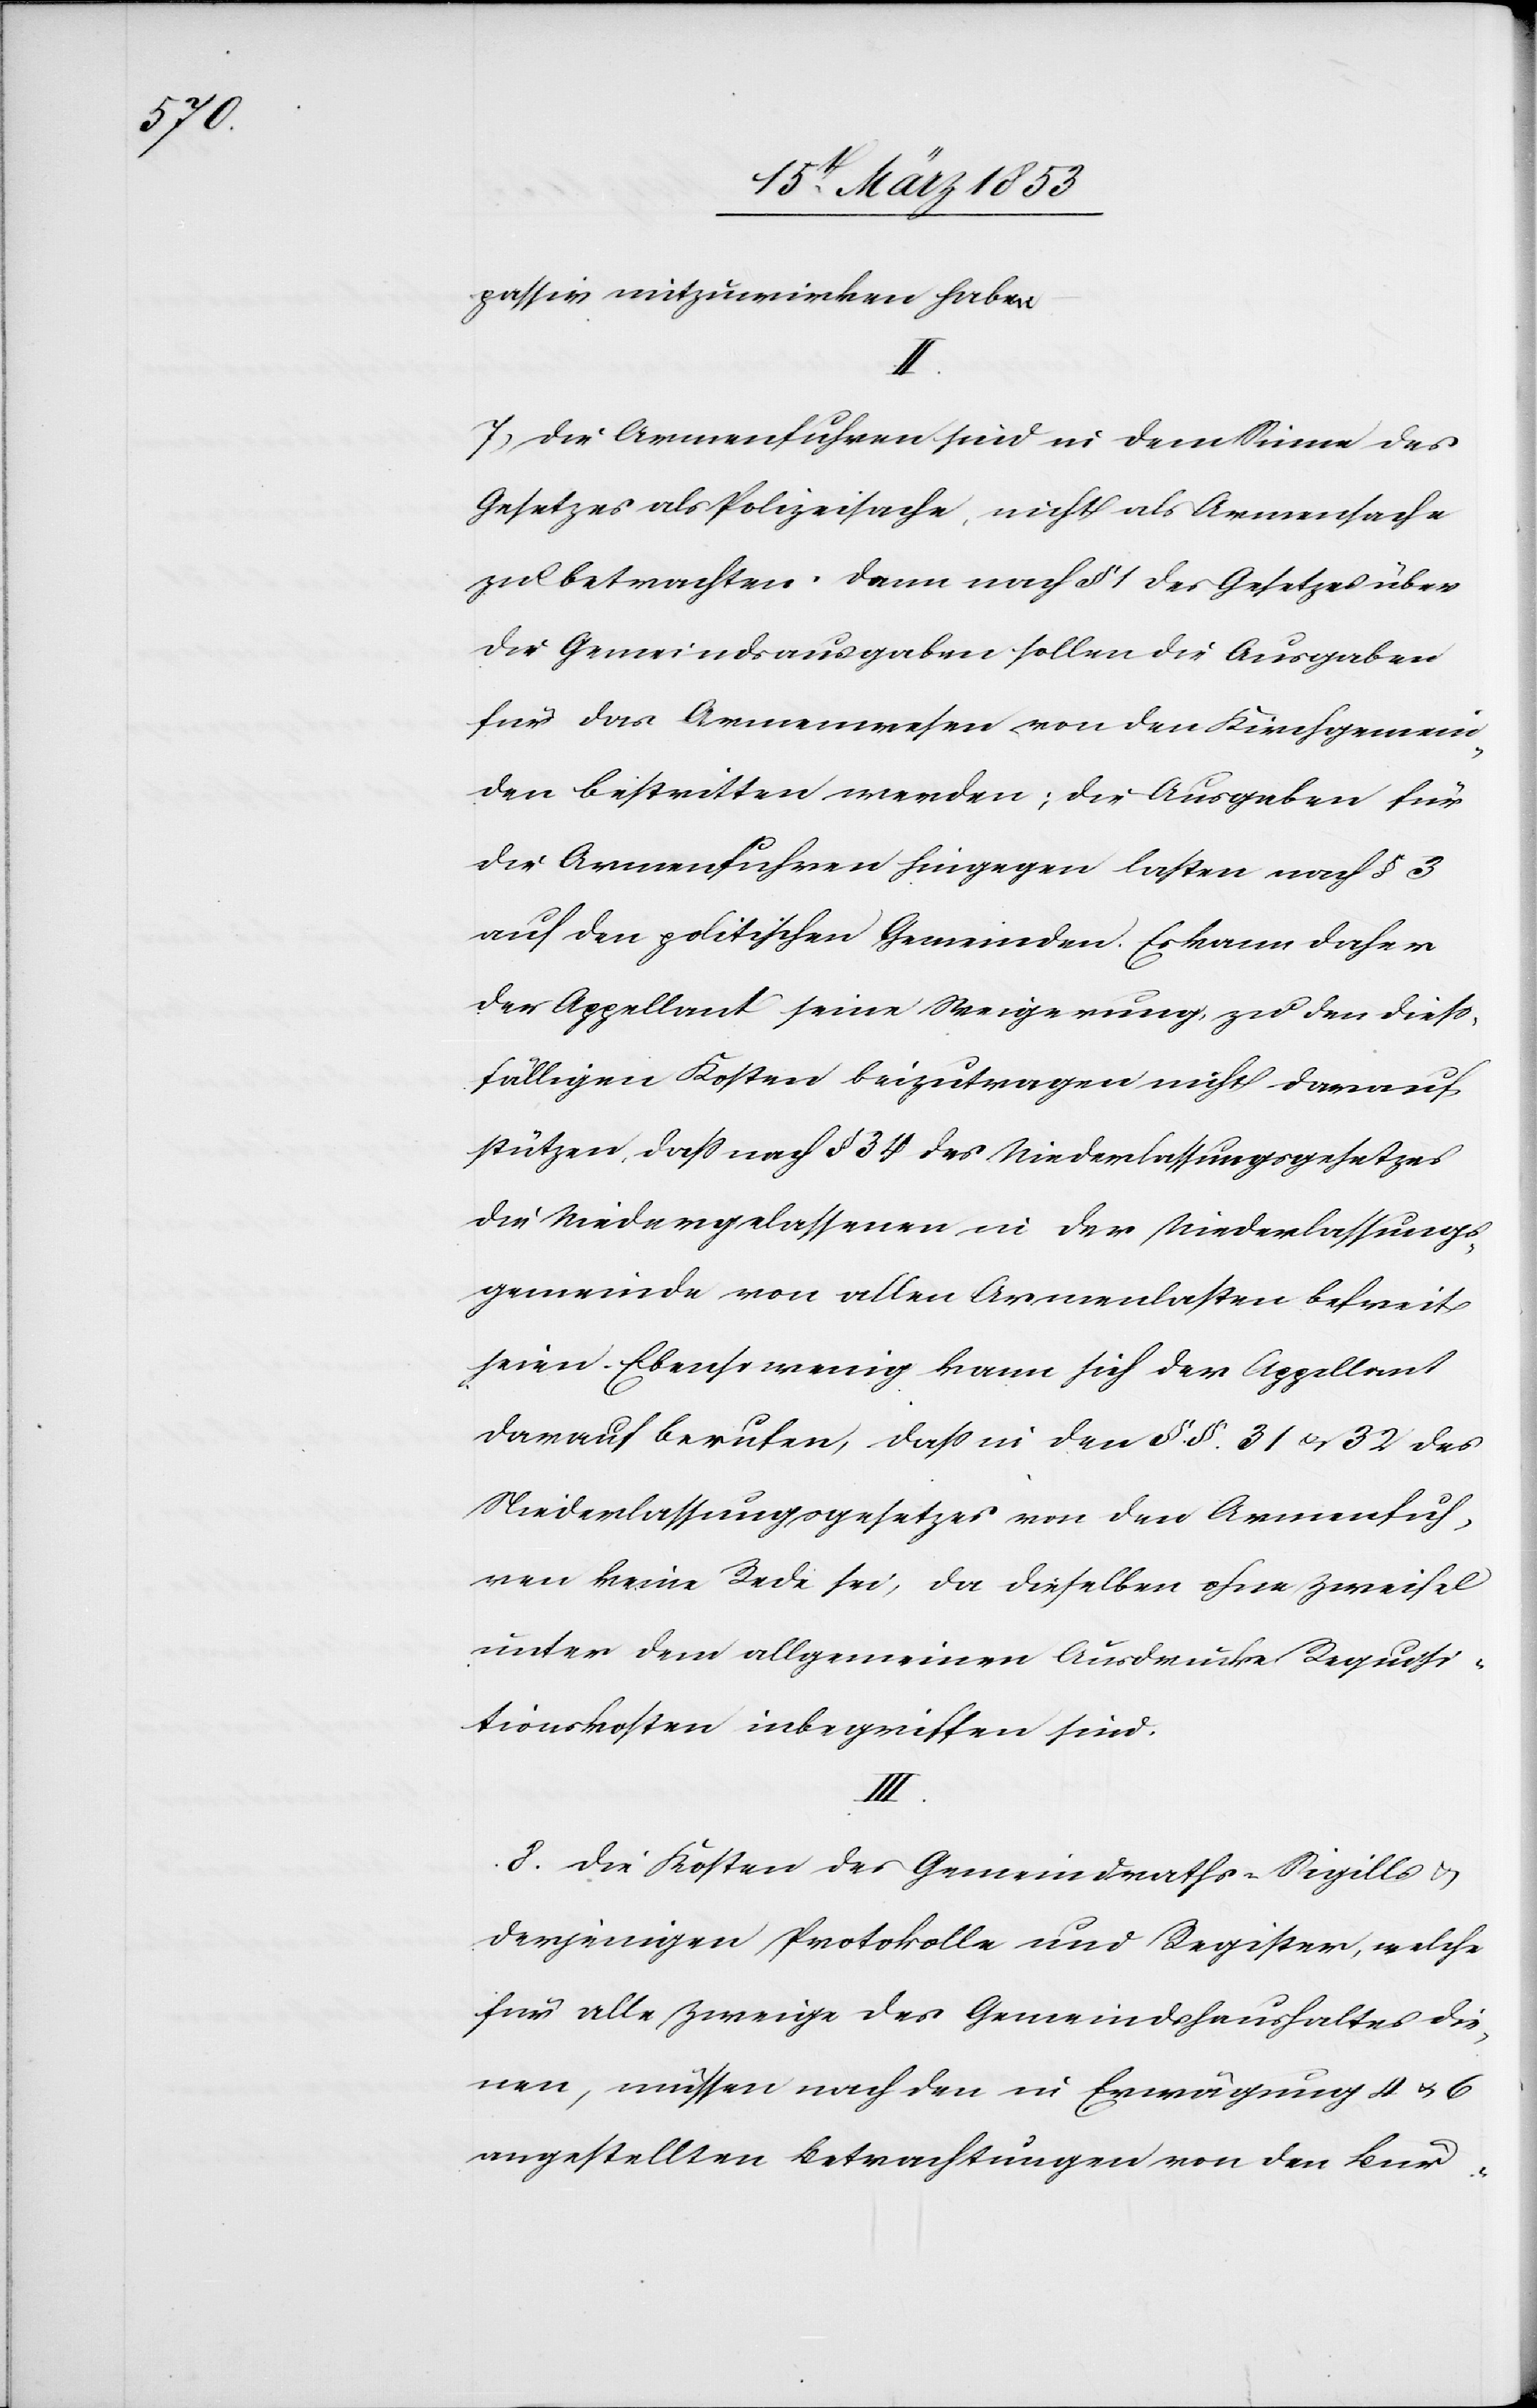
passiv mitzuwirken haben.
II.
7) Die Armenfuhren sind in dem Sinne des
Gesetzes als Polizeisache, nicht als Armensache
zu betrachten. Denn nach § 1 des Gesetzes über
die Gemeindsausgaben sollen die Ausgaben
für das Armenwesen von den Kirchgemein¬
den bestritten werden; die Ausgaben für
die Armenfuhren hingegen lasten nach § 3
auf den politischen Gemeinden. Es kann daher
der Appellant seine Weigerung, zu den dieß¬
fälligen Kosten beizutragen nicht darauf
stützen, daß nach § 34 des Niederlassungsgesetzes
die Niedergelassenen in der Niederlassungs¬
gemeinde von allen Armenlasten befreit
seien. Ebenso wenig kann sich der Appellant
darauf berufen, daß in den §§ 31 u. 32 des
Niederlassungsgesetzes von den Armenfuh¬
ren keine Rede sei, da dieselben ohne Zweifel
unter dem allgemeinen Ausdrucke Requisi¬
tionskosten inbegriffen sind.
III.
8) Die Kosten des Gemeindraths-Siqills u.
derjenigen Protokolle und Register, welche
für alle Zweige des Gemeindshaushaltes die¬
nen, müssen nach den in Erwägung 4 u. 6
angestellten Betrachtungen von den Bür-